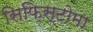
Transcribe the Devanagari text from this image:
सिफ़िस्टोमा